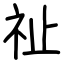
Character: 祉